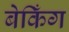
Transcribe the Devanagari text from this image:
बेकिँग